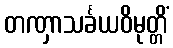
တဏှာသင်္ခယဝိမုတ္တိံ